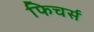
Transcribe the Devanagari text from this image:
फिचर्स